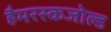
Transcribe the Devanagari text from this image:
हैमरस्कजोल्ड